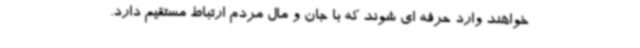
خواهند وارد حرفه ای شوند که با جان و مال مردم ارتباط مستقیم دارد.